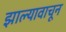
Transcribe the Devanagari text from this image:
झाल्यावाचून